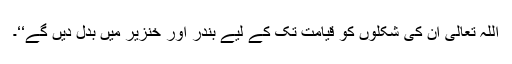
اللہ تعالیٰ ان کی شکلوں کو قیامت تک کے لیے بندر اور خنزیر میں بدل دیں گے‘‘۔